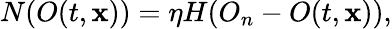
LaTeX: N(O(t,\mathbf{x}))=\eta H(O_{n}-O(t,\mathbf{x})),